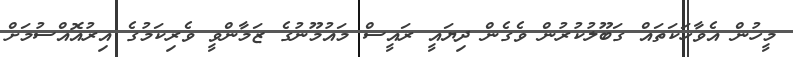
މީހުން އެވާހަކަތައް ގަބޫލުކުރުން ވެގެން ދިޔައީ ރައީސް މައުމޫނުގެ ޒަމާންވީ ވެރިކަމުގެ އިރުއޮއްސުމަށް